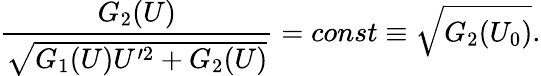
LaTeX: \frac{G_{2}(U)}{\sqrt{G_{1}(U)U^{\prime 2}+G_{2}(U)}}=const\equiv\sqrt{G_{2}(U_{0})}.